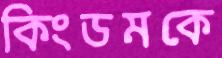
কিংডমকে